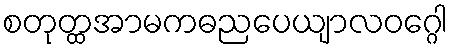
စတုတ္ထအာမကဓညပေယျာလဝဂ္ဂေါ